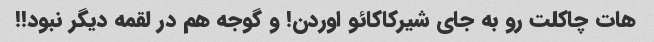
هات چاکلت رو به جای شیرکاکائو اوردن! و گوجه هم در لقمه دیگر نبود!!